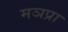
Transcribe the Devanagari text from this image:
मञप्रा